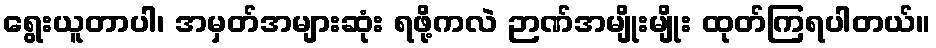
ရွေးယူတာပါ၊ အမှတ်အများဆုံး ရဖို့ကလဲ ဉာဏ်အမျိုးမျိုး ထုတ်ကြရပါတယ်။